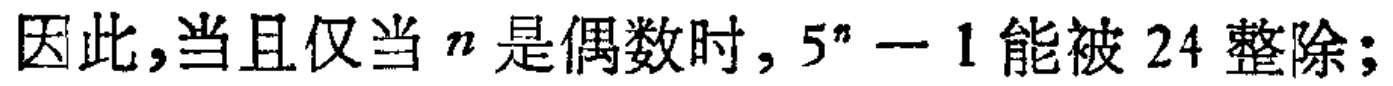
因此,当且仅当 \(n\) 是偶数时, \(5^{n}-1\) 能被 \(24\) 整除;